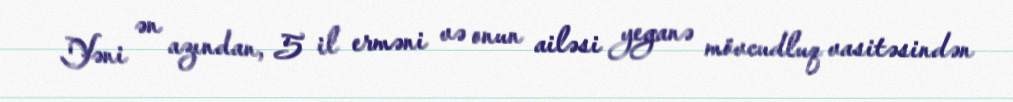
Yəni ən azından, 5 il erməni və onun ailəsi yeganə mövcudluq vasitəsindən